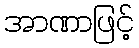
အာဏာဖြင့်